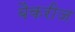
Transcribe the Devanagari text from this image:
बैकरीज